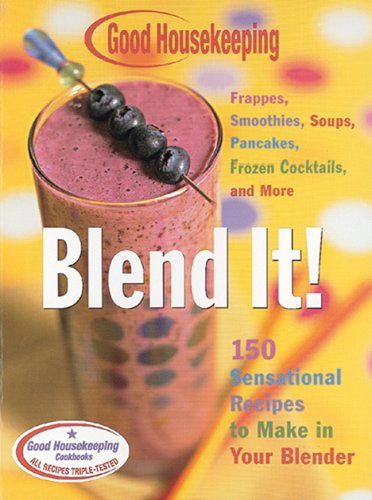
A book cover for Good Housekeeping Blend It!: 150 Sensational Recipes to Make in Your Blender-Frappes, Smoothies, Soups, Pancakes, Frozen Cocktails and More; Barbara Chernitz; Cookbooks, Food & Wine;